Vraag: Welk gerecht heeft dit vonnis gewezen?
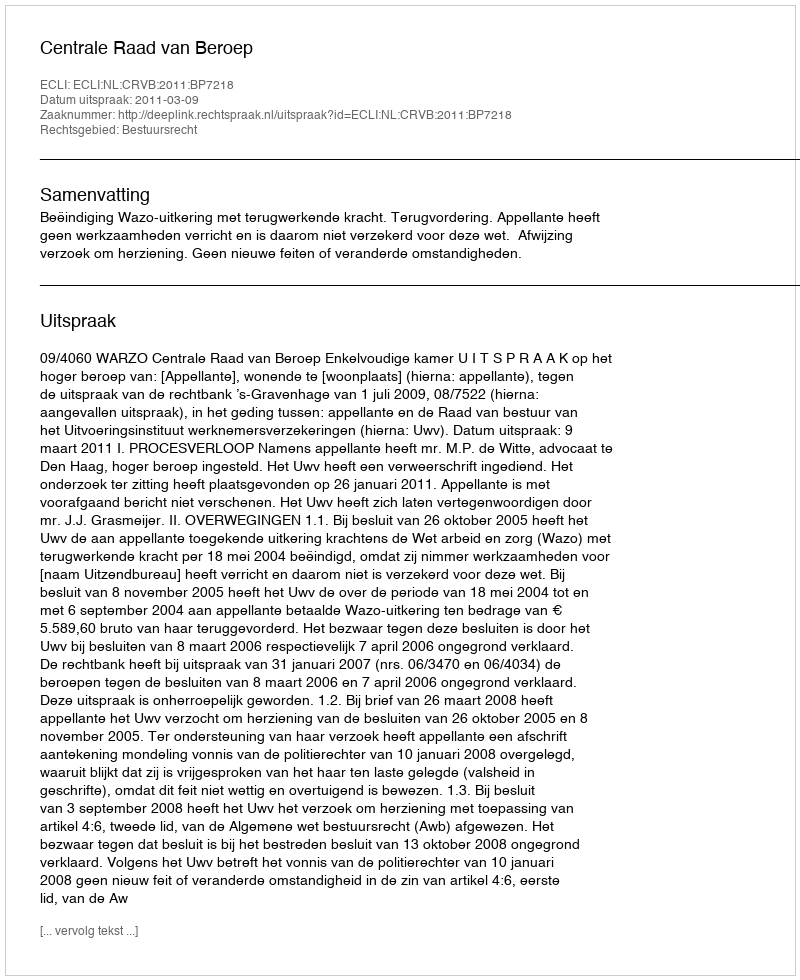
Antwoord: Centrale Raad van Beroep